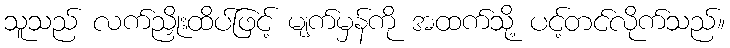
သူသည် လက်ညှိုးထိပ်ဖြင့် မျက်မှန်ကို အထက်သို့ ပင့်တင်လိုက်သည်။